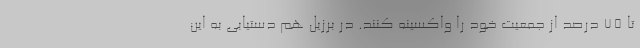
تا 75 درصد از جمعیت خود را واکسینه کنند. در برزیل هم دستیابی به این